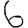
Digit: 6